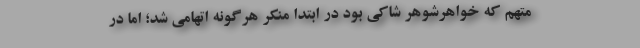
متهم که خواهرشوهر شاکی بود در ابتدا منکر هرگونه اتهامی شد؛ اما در